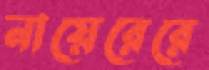
নায়েরেরে